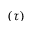
( \tau )